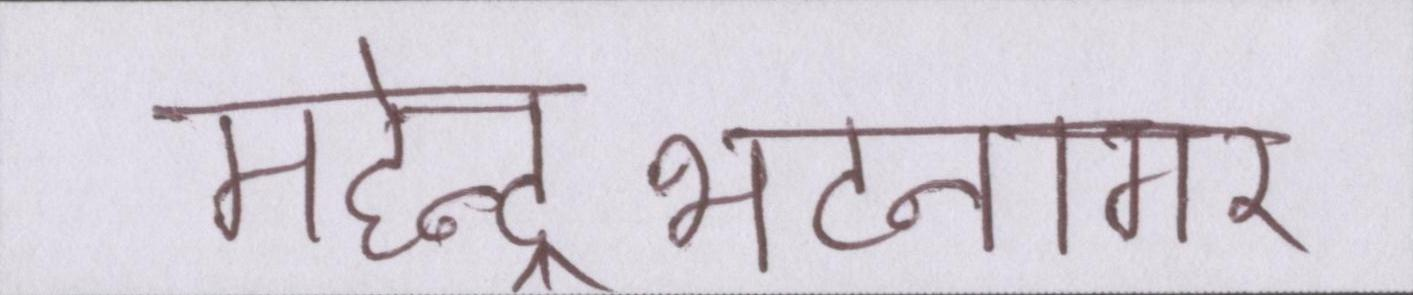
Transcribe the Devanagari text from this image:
महेन्द्रभटनागर